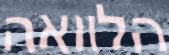
הלוואה